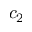
c _ { 2 }